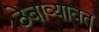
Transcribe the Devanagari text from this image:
ठेवाव्यावत